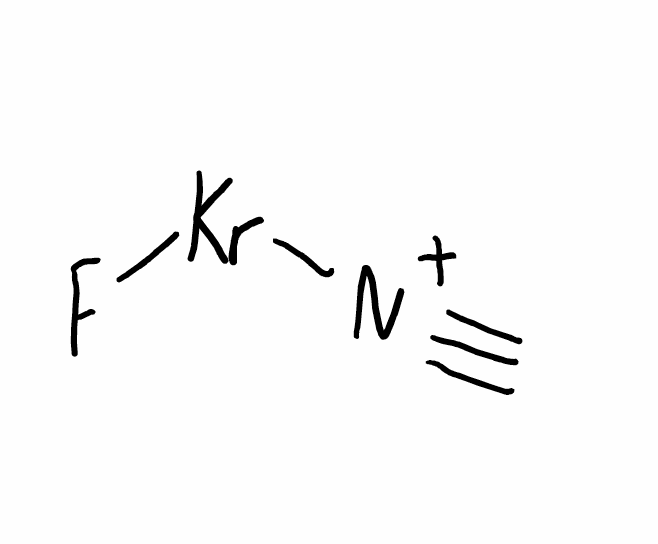
Simplified molecular-input line-entry system (SMILES) notation of the given molecule:
C#[N+][Kr]F